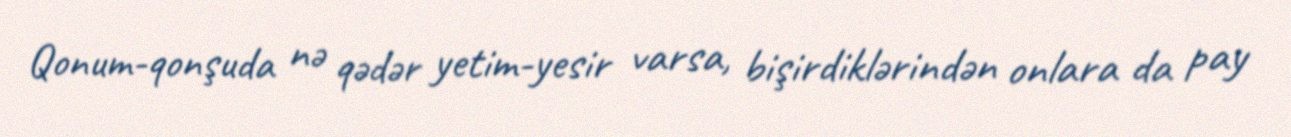
Qonum-qonşuda nə qədər yetim-yesir varsa, bişirdiklərindən onlara da pay